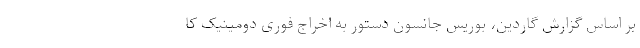
بر اساس گزارش گاردین، بوریس جانسون دستور به اخراج فوری دومینیک کا